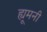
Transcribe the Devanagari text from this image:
ह्यूमनी